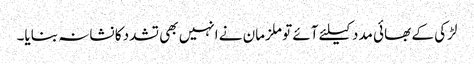
لڑکی کے بھائی مدد کیلئے آئے تو ملزمان نے انہیں بھی تشدد کا نشانہ بنایا۔